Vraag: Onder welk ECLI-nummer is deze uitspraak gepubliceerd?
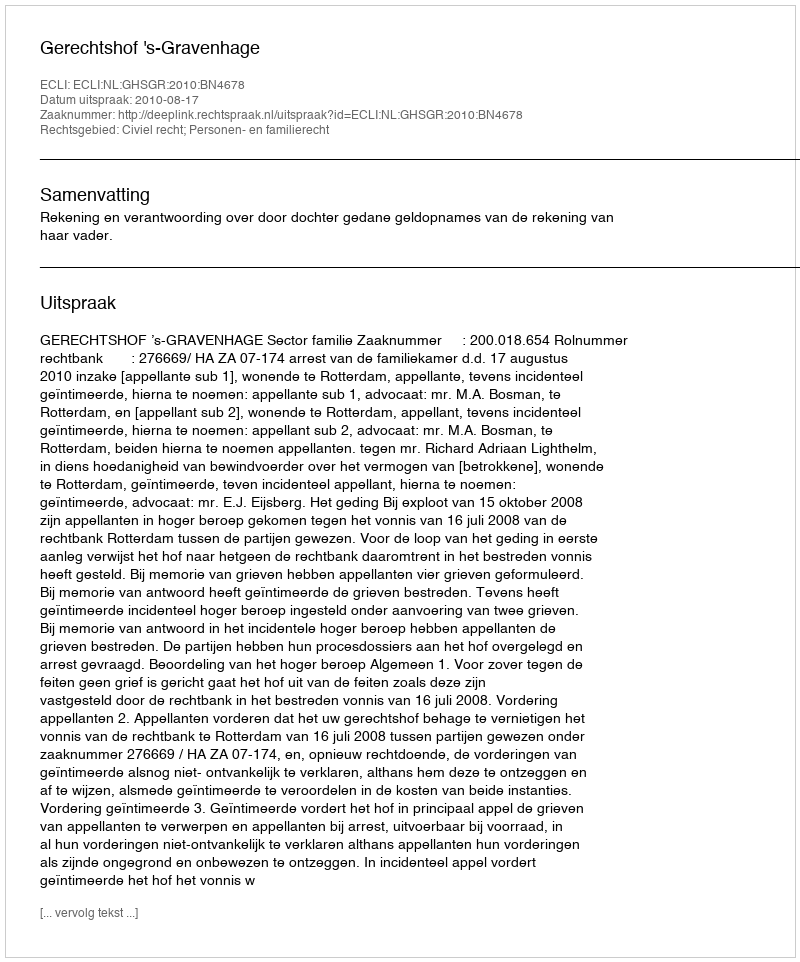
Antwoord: ECLI:NL:GHSGR:2010:BN4678